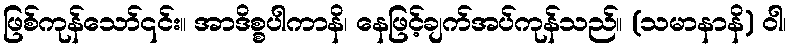
ဖြစ်ကုန်သော်၎င်း။ အာဒိစ္စပါကာနိ၊ နေဖြင့်ချက်အပ်ကုန်သည်။ (သမာနာနိ) ဝါ၊